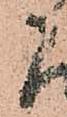
に